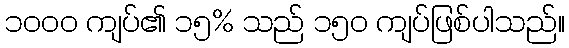
၁၀၀၀ ကျပ်၏ ၁၅% သည် ၁၅၀ ကျပ်ဖြစ်ပါသည်။